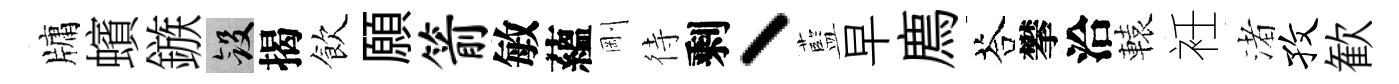
牗蠙鏃斂揭飲願箭敏蘊剛待剩丶藍早廌荅攀洽轅衽渚孜歓